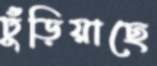
ঢুঁড়িয়াছে